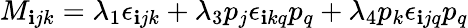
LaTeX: M_{\mathbf{i}jk}=\lambda_{1}\epsilon_{\mathbf{i}jk}+\lambda_{3}p_{j}\epsilon_{\mathbf{i}kq}p_{q}+\lambda_{4}p_{k}\epsilon_{\mathbf{i}jq}p_{q}